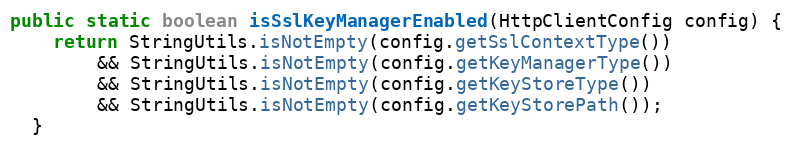
Language: Java
public static boolean isSslKeyManagerEnabled(HttpClientConfig config) {
    return StringUtils.isNotEmpty(config.getSslContextType())
        && StringUtils.isNotEmpty(config.getKeyManagerType())
        && StringUtils.isNotEmpty(config.getKeyStoreType())
        && StringUtils.isNotEmpty(config.getKeyStorePath());
  }